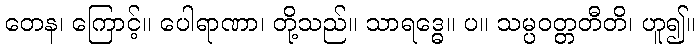
တေန၊ ကြောင့်။ ပေါရာဏာ၊ တို့သည်။ သာရဒ္ဓေ။ ပ။ သမ္ပဝတ္တတီတိ၊ ဟူ၍။